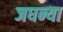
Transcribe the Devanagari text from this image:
जघन्या